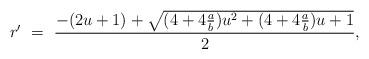
LaTeX: \begin{align*} r'\ =\ \frac{-(2u+1)+ \sqrt{(4+4\frac{a}{b})u^2+(4+4\frac{a}{b})u+1}}{2},\end{align*}